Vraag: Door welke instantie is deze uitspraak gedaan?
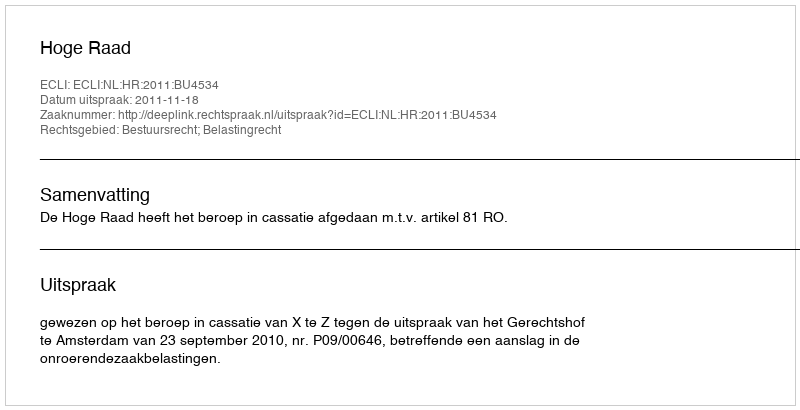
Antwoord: Hoge Raad